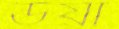
ডয়া